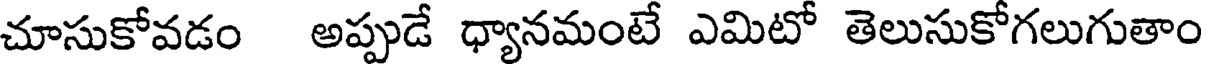
చూసుకోవడం అప్పుడే ధ్యానమంటే ఎమిటో తెలుసుకోగలుగుతాం